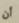
أن